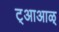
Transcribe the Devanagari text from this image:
ट्आआळ्